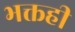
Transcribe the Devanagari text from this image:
भक्तही